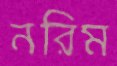
নরিম